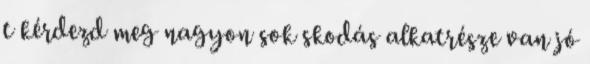
t kérdezd meg nagyon sok skodás alkatrésze van jó